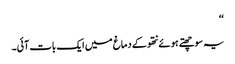
‘‘
یہ سوچھتے ہوئے نتھو کے دماغ میں ایک بات آئی۔